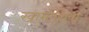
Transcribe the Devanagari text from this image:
खामोशियां